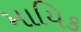
માયિક